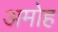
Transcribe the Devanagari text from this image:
अमोह